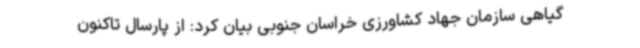
گیاهی سازمان جهاد کشاورزی خراسان جنوبی بیان کرد: از پارسال تاکنون